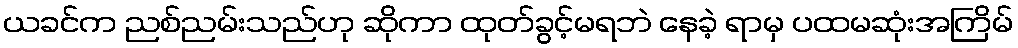
ယခင်က ညစ်ညမ်းသည်ဟု ဆိုကာ ထုတ်ခွင့်မရဘဲ နေခဲ့ ရာမှ ပထမဆုံးအကြိမ်